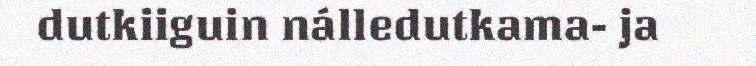
dutkiiguin nálledutkama- ja